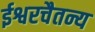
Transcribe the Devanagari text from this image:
ईश्वरचैतन्य